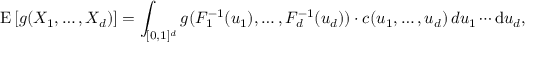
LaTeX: \operatorname { E } \left[ g ( X _ { 1 } , \dots , X _ { d } ) \right] = \int _ { [ 0 , 1 ] ^ { d } } g ( F _ { 1 } ^ { - 1 } ( u _ { 1 } ) , \dots , F _ { d } ^ { - 1 } ( u _ { d } ) ) \cdot c ( u _ { 1 } , \dots , u _ { d } ) \, d u _ { 1 } \cdots \mathrm { d } u _ { d } ,